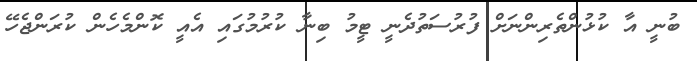
ބުނީ އާ ކުޅުންތެރިންނަށް ފުރުސަތުދެނީ ޓީމު ބިނާ ކުރުމުގައި އެއީ ކޮންމެހެން ކުރަންޖެހޭ